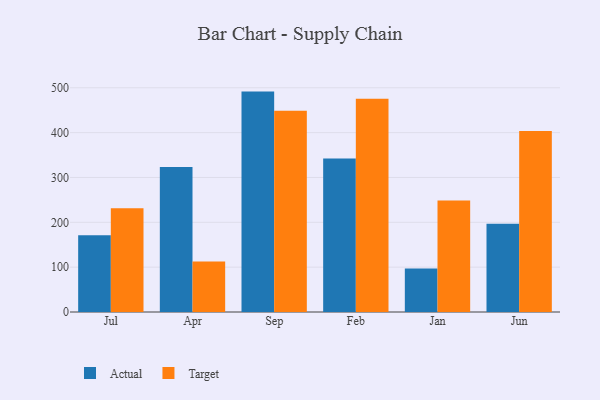
{"axis": {"x": "Month", "y": "Bounce Rate (%)"}, "legend": ["Actual", "Target"], "data": [{"x": "Jul", "y": 171.2, "type": "Actual"}, {"x": "Jul", "y": 231.2, "type": "Target"}, {"x": "Apr", "y": 323.1, "type": "Actual"}, {"x": "Apr", "y": 112.7, "type": "Target"}, {"x": "Sep", "y": 491.5, "type": "Actual"}, {"x": "Sep", "y": 448.7, "type": "Target"}, {"x": "Feb", "y": 342.2, "type": "Actual"}, {"x": "Feb", "y": 475.8, "type": "Target"}, {"x": "Jan", "y": 96.9, "type": "Actual"}, {"x": "Jan", "y": 248.4, "type": "Target"}, {"x": "Jun", "y": 196.9, "type": "Actual"}, {"x": "Jun", "y": 403.8, "type": "Target"}]}